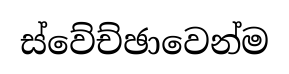
ස්වේච්ඡාවෙන්ම